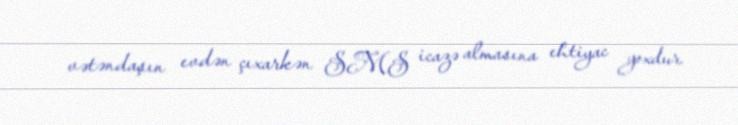
vətəndaşın evdən çıxarkən SMS icazə almasına ehtiyac yoxdur.